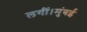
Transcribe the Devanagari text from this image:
लगीं।मुंबई